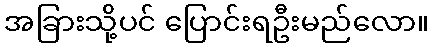
အခြားသို့ပင် ပြောင်းရဦးမည်လော။